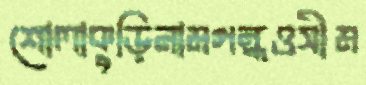
শোলাকুড়িনামগন্ধওসীম